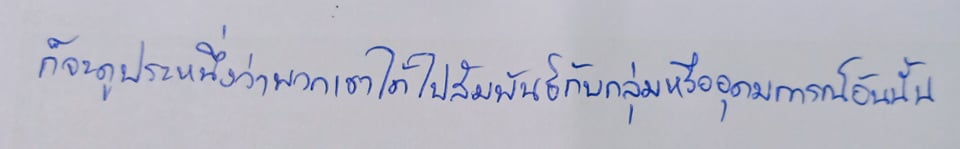
ก็จะดูประหนึ่งว่าพวกเขาได้ไปสัมพันธ์กับกลุ่มหรืออุดมการณ์อันนั้น